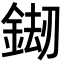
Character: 𨧶